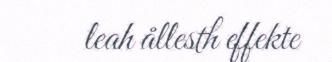
leah ållesth effekte